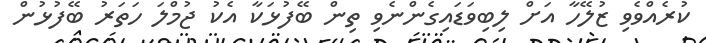
ކުރެއްވެވި ޒުލޭހާ އަށް ލިބިވަޑައިގެންނެވި ތިން ބޭފުޅަކާ އެކު ޖުމްލަ ހަތަރު ބޭފުޅުން